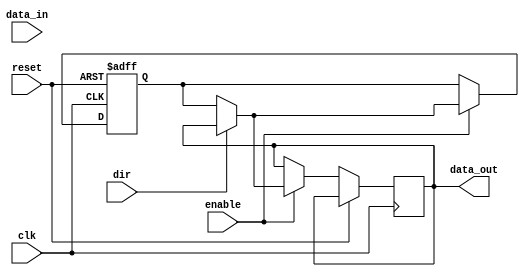
module bidirectional_buffer (
    input wire dir,
    input wire data_in,
    output wire data_out,
    input wire enable,
    input wire clk,
    input wire reset
);

reg buffer_data;

always @(posedge clk or posedge reset) begin
    if (reset) begin
        buffer_data <= 1'b0;
    end else begin
        if (enable) begin
            if (dir) begin
                buffer_data <= data_out;
            end else begin
                data_out <= buffer_data;
            end
        end
    end
end

endmodule